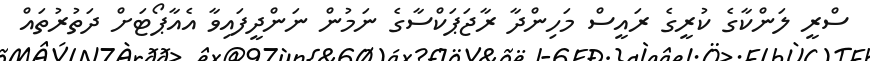
ސްރީ ލަންކާގެ ކުރީގެ ރައީސް މަހިންދާ ރާޖަޕަކްސާގެ ނަމުން ނަންދީފައިވާ އެއާޕޯޓަށް ދަތުރުތައް